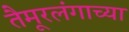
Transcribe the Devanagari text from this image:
तैमूरलंगाच्या